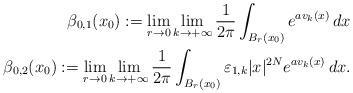
LaTeX: \begin{align*}\beta_{0,1} (x_0) :=\lim_{r\to0}\lim_{k\to+\infty}\frac{1}{2\pi}\int_{B_{r} (x_0)} e^{a v_k(x)} \, dx \\\; \beta_{0,2} (x_0):=\lim_{r\to0}\lim_{k\to+\infty}\frac{1}{2\pi}\int_{B_{r} (x_0)} \varepsilon_{1,k} |x|^{2N} e^{a v_k(x)} \, dx.\end{align*}